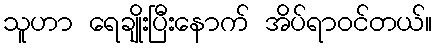
သူဟာ ရေချိုးပြီးနောက် အိပ်ရာဝင်တယ်။